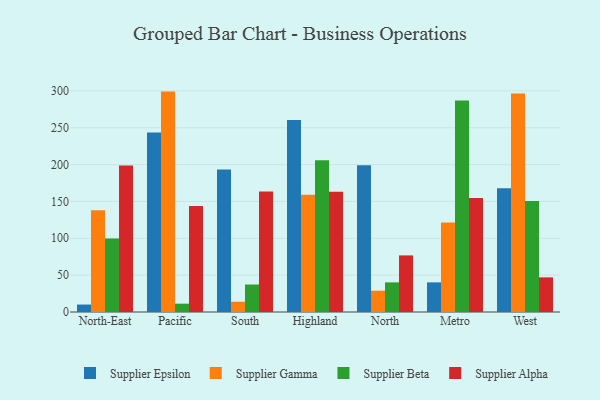
{"axis": {"x": "Region", "y": "Tickets Resolved"}, "legend": ["Supplier Alpha", "Supplier Beta", "Supplier Epsilon", "Supplier Gamma"], "data": [{"x": "North-East", "y": 10.1, "type": "Supplier Epsilon"}, {"x": "North-East", "y": 137.9, "type": "Supplier Gamma"}, {"x": "North-East", "y": 99.7, "type": "Supplier Beta"}, {"x": "North-East", "y": 198.6, "type": "Supplier Alpha"}, {"x": "Pacific", "y": 243.5, "type": "Supplier Epsilon"}, {"x": "Pacific", "y": 299.0, "type": "Supplier Gamma"}, {"x": "Pacific", "y": 11.3, "type": "Supplier Beta"}, {"x": "Pacific", "y": 143.9, "type": "Supplier Alpha"}, {"x": "South", "y": 193.4, "type": "Supplier Epsilon"}, {"x": "South", "y": 13.9, "type": "Supplier Gamma"}, {"x": "South", "y": 37.3, "type": "Supplier Beta"}, {"x": "South", "y": 163.5, "type": "Supplier Alpha"}, {"x": "Highland", "y": 260.4, "type": "Supplier Epsilon"}, {"x": "Highland", "y": 159.2, "type": "Supplier Gamma"}, {"x": "Highland", "y": 205.8, "type": "Supplier Beta"}, {"x": "Highland", "y": 163.1, "type": "Supplier Alpha"}, {"x": "North", "y": 199.1, "type": "Supplier Epsilon"}, {"x": "North", "y": 28.9, "type": "Supplier Gamma"}, {"x": "North", "y": 40.2, "type": "Supplier Beta"}, {"x": "North", "y": 76.8, "type": "Supplier Alpha"}, {"x": "Metro", "y": 40.2, "type": "Supplier Epsilon"}, {"x": "Metro", "y": 121.4, "type": "Supplier Gamma"}, {"x": "Metro", "y": 287.0, "type": "Supplier Beta"}, {"x": "Metro", "y": 154.5, "type": "Supplier Alpha"}, {"x": "West", "y": 168.0, "type": "Supplier Epsilon"}, {"x": "West", "y": 296.3, "type": "Supplier Gamma"}, {"x": "West", "y": 150.6, "type": "Supplier Beta"}, {"x": "West", "y": 47.0, "type": "Supplier Alpha"}]}